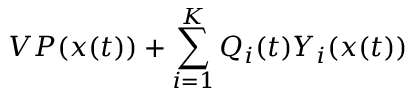
V P ( x ( t ) ) + \sum _ { i = 1 } ^ { K } Q _ { i } ( t ) Y _ { i } ( x ( t ) )